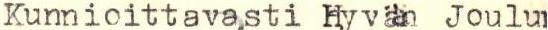
Kunnioittavasti Hyvän Joulu